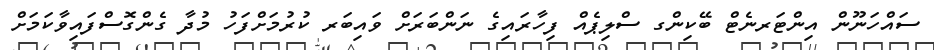
ސައްހަނޫން އިންޓަރނެޓް ބޭކިންގ ސްލިޕެއް ފިހާރައިގެ ނަންބަރަށް ވައިބަރ ކުރުމަށްފަހު މުދާ ގެންގޮސްފައިވާކަމަށް